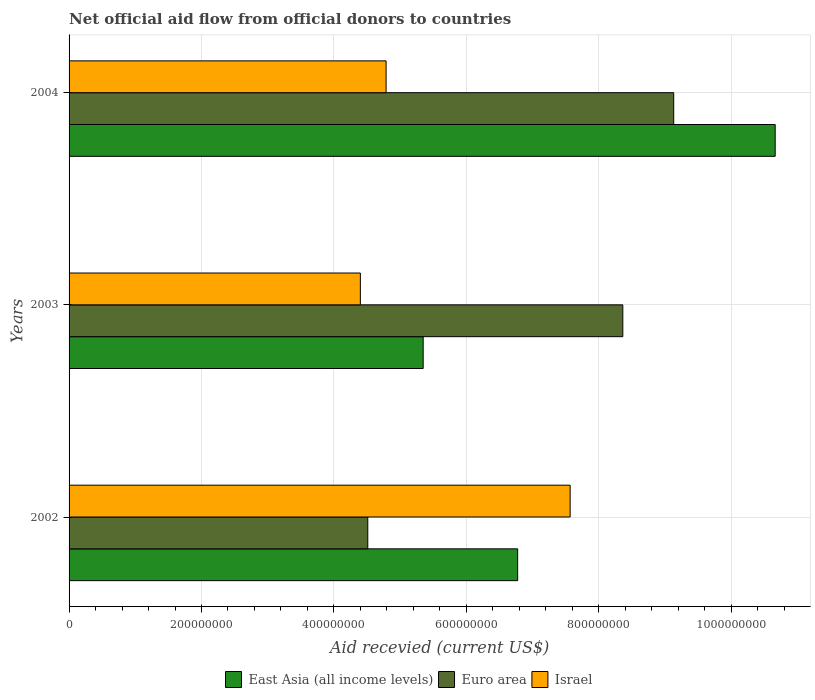
| Years | East Asia (all income levels) | Euro area | Israel |
 | --- | --- | --- | --- |
 | 2002 | 6.78e+08 | 4.51e+08 | 7.57e+08 |
 | 2003 | 5.35e+08 | 8.36e+08 | 4.4e+08 |
 | 2004 | 1.07e+09 | 9.13e+08 | 4.79e+08 |